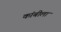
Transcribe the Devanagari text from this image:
कांबीला